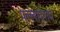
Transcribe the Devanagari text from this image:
पल्लावराम